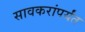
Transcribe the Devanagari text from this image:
सावकरांपर्यंत